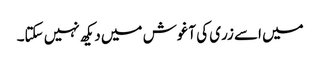
میں اسے زری کی آغوش میں دیکھ نہیں سکتا۔